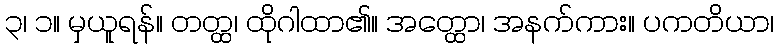
၃၊ ၁။ မှယူရန်။ တတ္ထ၊ ထိုဂါထာ၏။ အတ္ထော၊ အနက်ကား။ ပကတိယာ၊